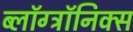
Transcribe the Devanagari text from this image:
ब्लॉग्ट्रॉनिक्स